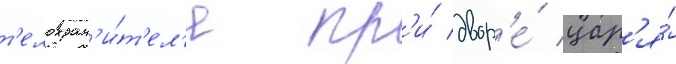
т'елохран'и́т'ел'я пр'и́ двор'е́ цар'я́